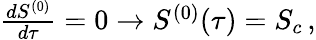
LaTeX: \begin{array}{r}{{\frac{dS^{(0)}}{d\tau}}=0\rightarrow S^{(0)}(\tau)=S_{c}\, ,}\end{array}